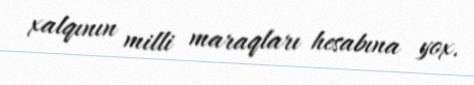
xalqının milli maraqları hesabına yox.